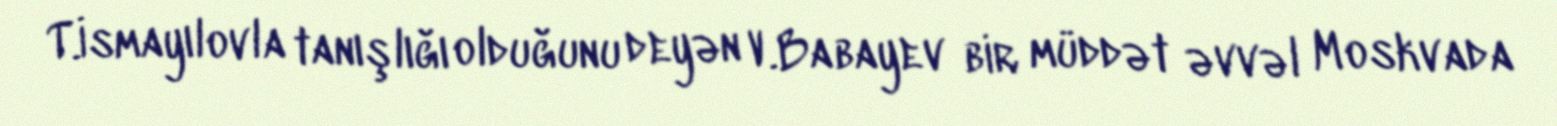
T.İsmayılovla tanışlığı olduğunu deyən V.Babayev bir müddət əvvəl Moskvada